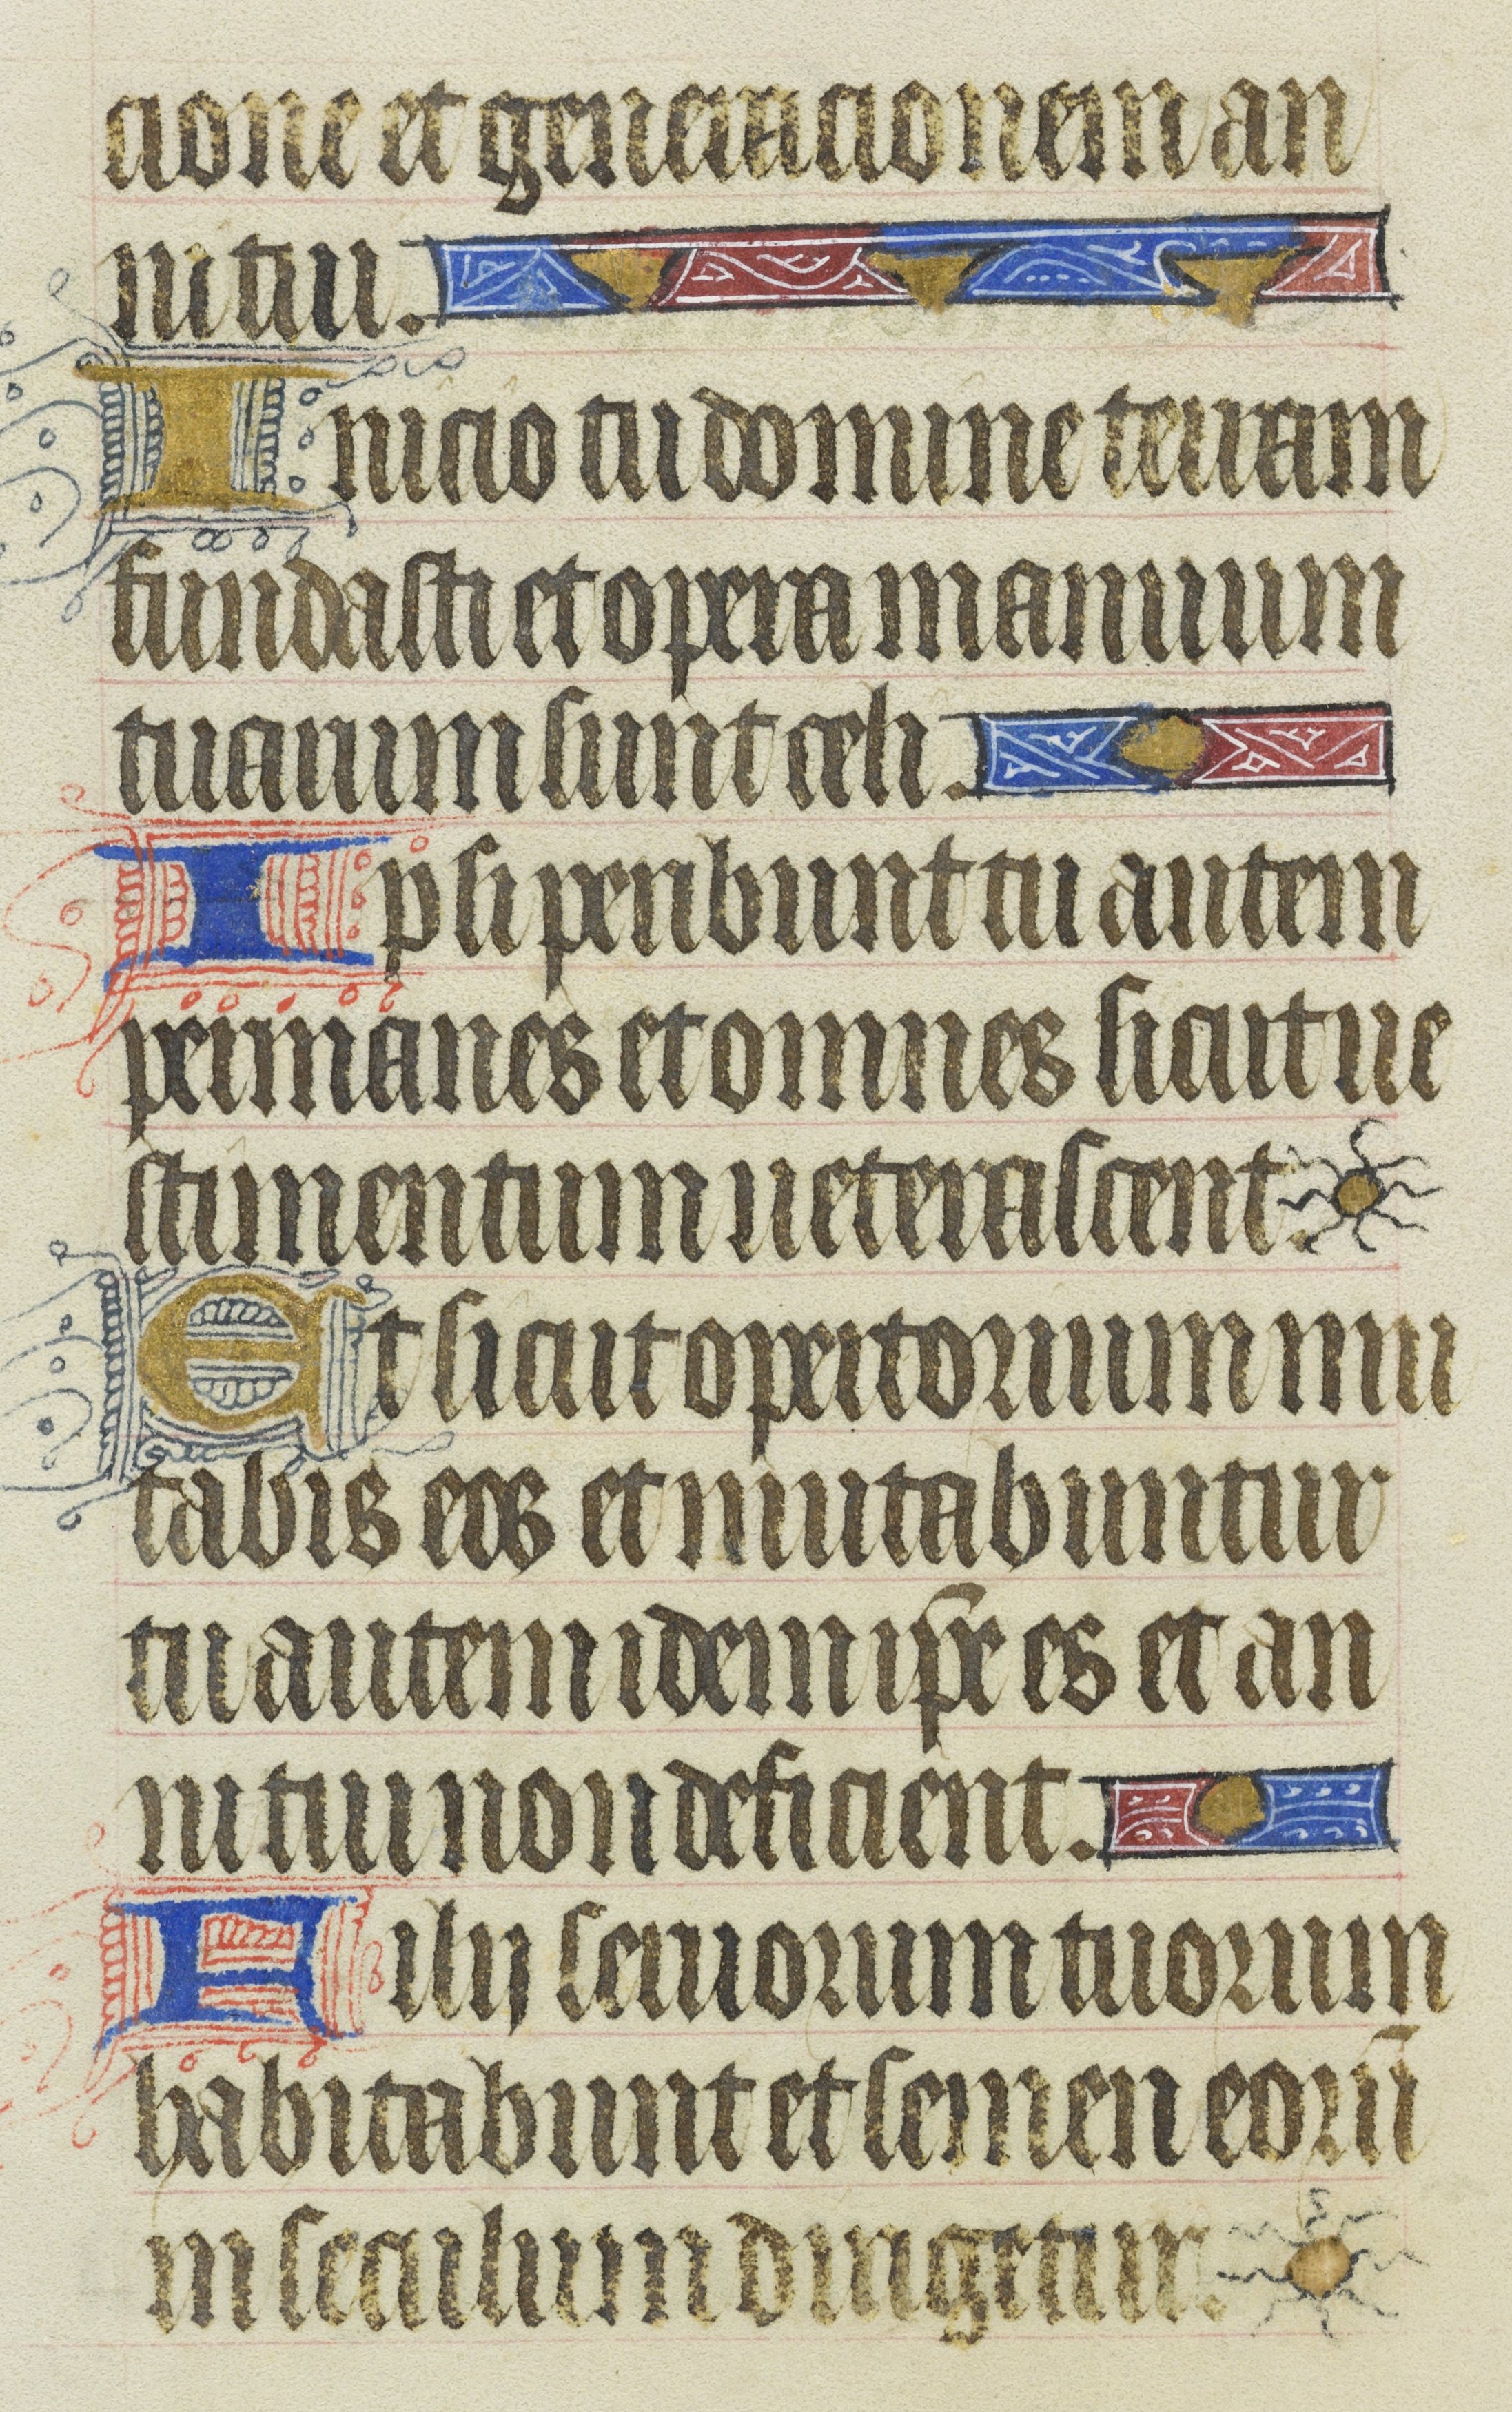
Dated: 1400–1430